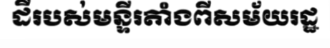
ដីរបស់មន្ទីរតាំងពីសម័យរដ្ឋ